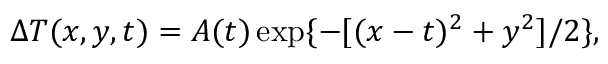
\begin{array} { r } { \Delta T ( x , y , t ) = A ( t ) \exp \{ - [ ( x - t ) ^ { 2 } + y ^ { 2 } ] / 2 \} , } \end{array}